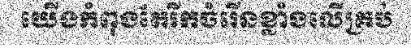
យើងកំពុងតែរីកចំរើនខ្លាំងលើគ្រប់